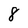
Character: 8